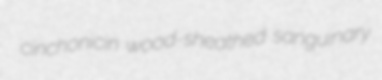
cinchonicin wood-sheathed sanguinary